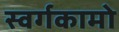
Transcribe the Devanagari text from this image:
स्वर्गकामो